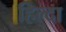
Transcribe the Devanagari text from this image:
हिल्दा